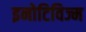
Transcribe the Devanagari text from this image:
इनोटिविज्म